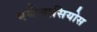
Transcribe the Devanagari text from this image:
एथेनासियोस